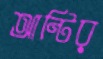
আন্টির